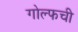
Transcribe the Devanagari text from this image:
गोल्फची